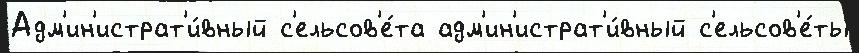
Адм'ин'истрат'и́вный с'ельсов'е́та адм'ин'истрат'и́вный с'ельсов'е́ты